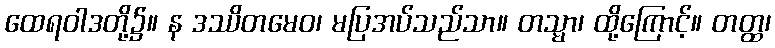
ထေရဝါဒတို့၌။ န ဒဿိတမေဝ၊ မပြအပ်သည်သာ။ တသ္မာ၊ ထို့ကြောင့်။ တတ္ထ၊